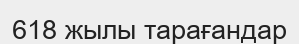
618 жылы тарағандар